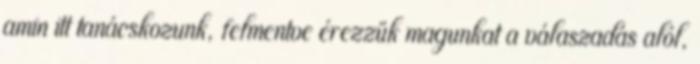
amin itt tanácskozunk, felmentve érezzük magunkat a válaszadás alól,